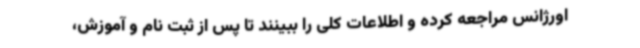
اورژانس مراجعه کرده و اطلاعات کلی را ببینند تا پس از ثبت نام و آموزش،